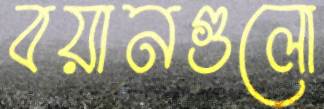
বয়ানগুলো